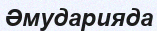
Әмударияда